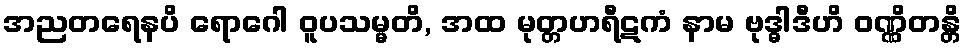
အညတရေနပိ ရောဂေါ ဝူပသမ္မတိ, အထ မုတ္တဟရီဋကံ နာမ ဗုဒ္ဓါဒီဟိ ဝဏ္ဏိတန္တိ